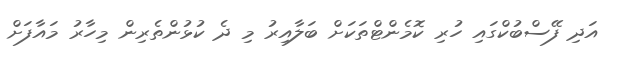
އަދި ފޭސްބުކްގައި ހުރި ކޮމެންޓްތަކަށް ބަލާއިރު މި ދެ ކުޅުންތެރިން މިހާރު މައާފަށް